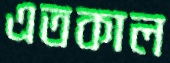
এতকাল